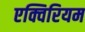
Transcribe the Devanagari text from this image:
एक्विरियम